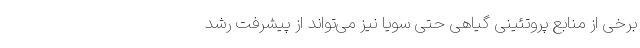
برخی از منابع پروتئینی گیاهی حتی سویا نیز می‌تواند از پیشرفت رشد